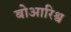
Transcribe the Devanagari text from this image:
बोआरिश्व